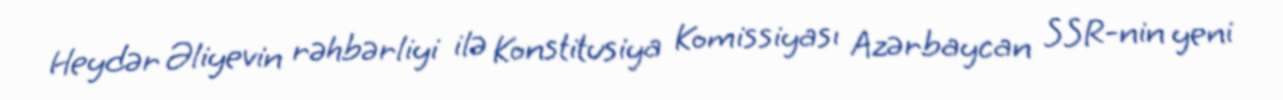
Heydər Əliyevin rəhbərliyi ilə Konstitusiya Komissiyası Azərbaycan SSR-nin yeni